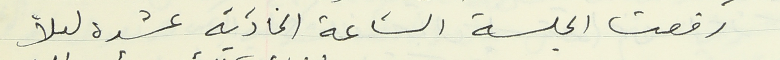
رفعت الجلسة الساعة الحادية عشرة ليلاً